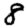
Digit: 8